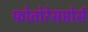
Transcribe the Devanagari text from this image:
फोतोरेसप्तोर्स